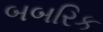
બબરિક